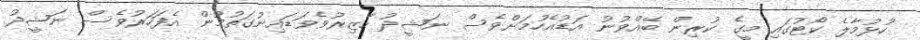
ހުޅުމާލެ ކޯޓުގައި މީގެ ކުރިން ބޭއްވުނު އަޑުއެހުމަށްވެސް ނަޝީދު ހާޒިރުވެވަޑައިނުގަތުމުން އެފަހަރުވެސް ނަޝީދު